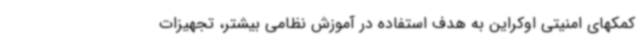
کمکهای امنیتی اوکراین به هدف استفاده در آموزش نظامی بیشتر، تجهیزات